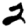
Digit: 2